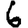
Digit: 6